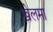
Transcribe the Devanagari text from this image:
खेलमा